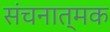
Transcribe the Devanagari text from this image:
संचनात्‍मक